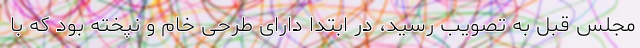
مجلس قبل به تصویب رسید، در ابتدا دارای طرحی خام و نپخته بود که با